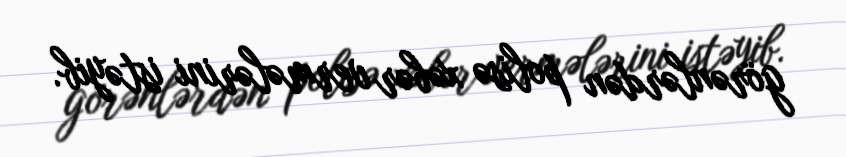
görənlərdən polisə xəbər vermələrini istəyib.